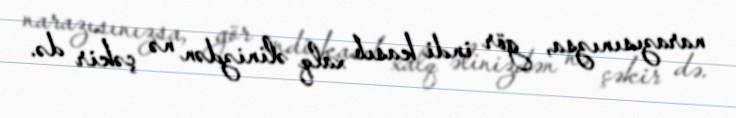
narazısınızsa, gör indi kasıb xalq əlinizdən nə çəkir də.